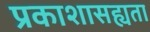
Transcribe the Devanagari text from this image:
प्रकाशासह्यता